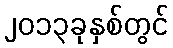
၂၀၁၃ခုနှစ်တွင်